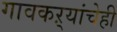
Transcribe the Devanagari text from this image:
गावकऱ्यांचेही